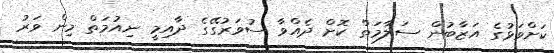
ކަށްވަޅުގެ އަޒާބުން ސަލާމަތް ކޮށް ދެއްވާ ސުވަރުގޭގެ ދާއިމީ ނިއުމަތް މިން ވަރު